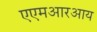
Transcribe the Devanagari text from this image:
एएमआरआय